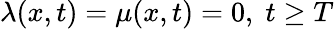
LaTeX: \lambda(x,t)=\mu(x,t)=0,\; t\geq T